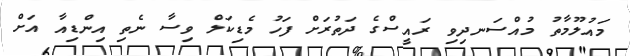
މައުލޫމާތު މުއްސަނދިވި ރައީސްގެ ދަތުރަށް ފަހު މެޑިކަލް ވިސާ ނެތި އިންޑިއާ އަށް